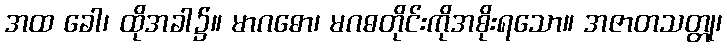
အထ ခေါ၊ ထိုအခါ၌။ မာဂဓော၊ မဂဓတိုင်းကိုအစိုးရသော။ အဇာတသတ္တု၊